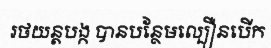
រថយន្តបង្ក បានបន្ថែមល្បឿនបើក